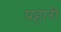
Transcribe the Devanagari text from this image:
प्रहारी